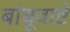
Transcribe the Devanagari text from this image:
बांबूवाष्टे